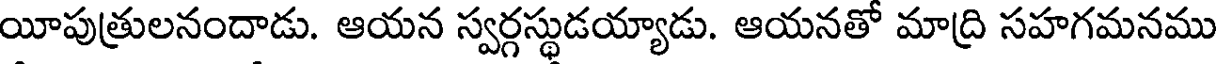
యీపుత్రులనందాడు. ఆయన స్వర్గస్థుడయ్యాడు. ఆయనతో మాద్రి సహగమనము